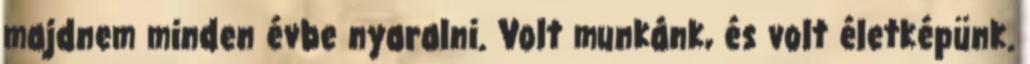
majdnem minden évbe nyaralni. Volt munkánk, és volt életképünk.